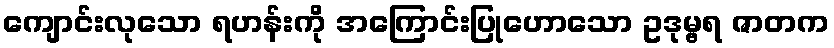
ကျောင်းလုသော ရဟန်းကို အကြောင်းပြုဟောသော ဥဒုမ္ဗရ ဇာတက